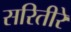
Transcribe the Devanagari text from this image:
सरितीरे